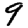
Digit: 9